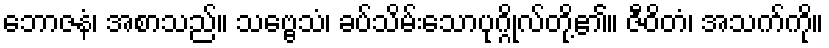
ဘောဇနံ၊ အစာသည်။ သဗ္ဗေသံ၊ ခပ်သိမ်းသောပုဂ္ဂိုလ်တို့၏။ ဇီဝိတံ၊ အသက်ကို။